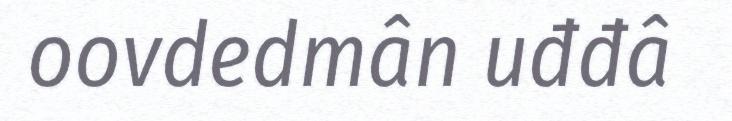
oovdedmân uđđâ